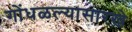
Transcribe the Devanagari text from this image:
गोंधळल्यासारखे